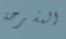
المشرحة